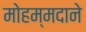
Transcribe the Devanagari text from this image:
मोहम्मदाने